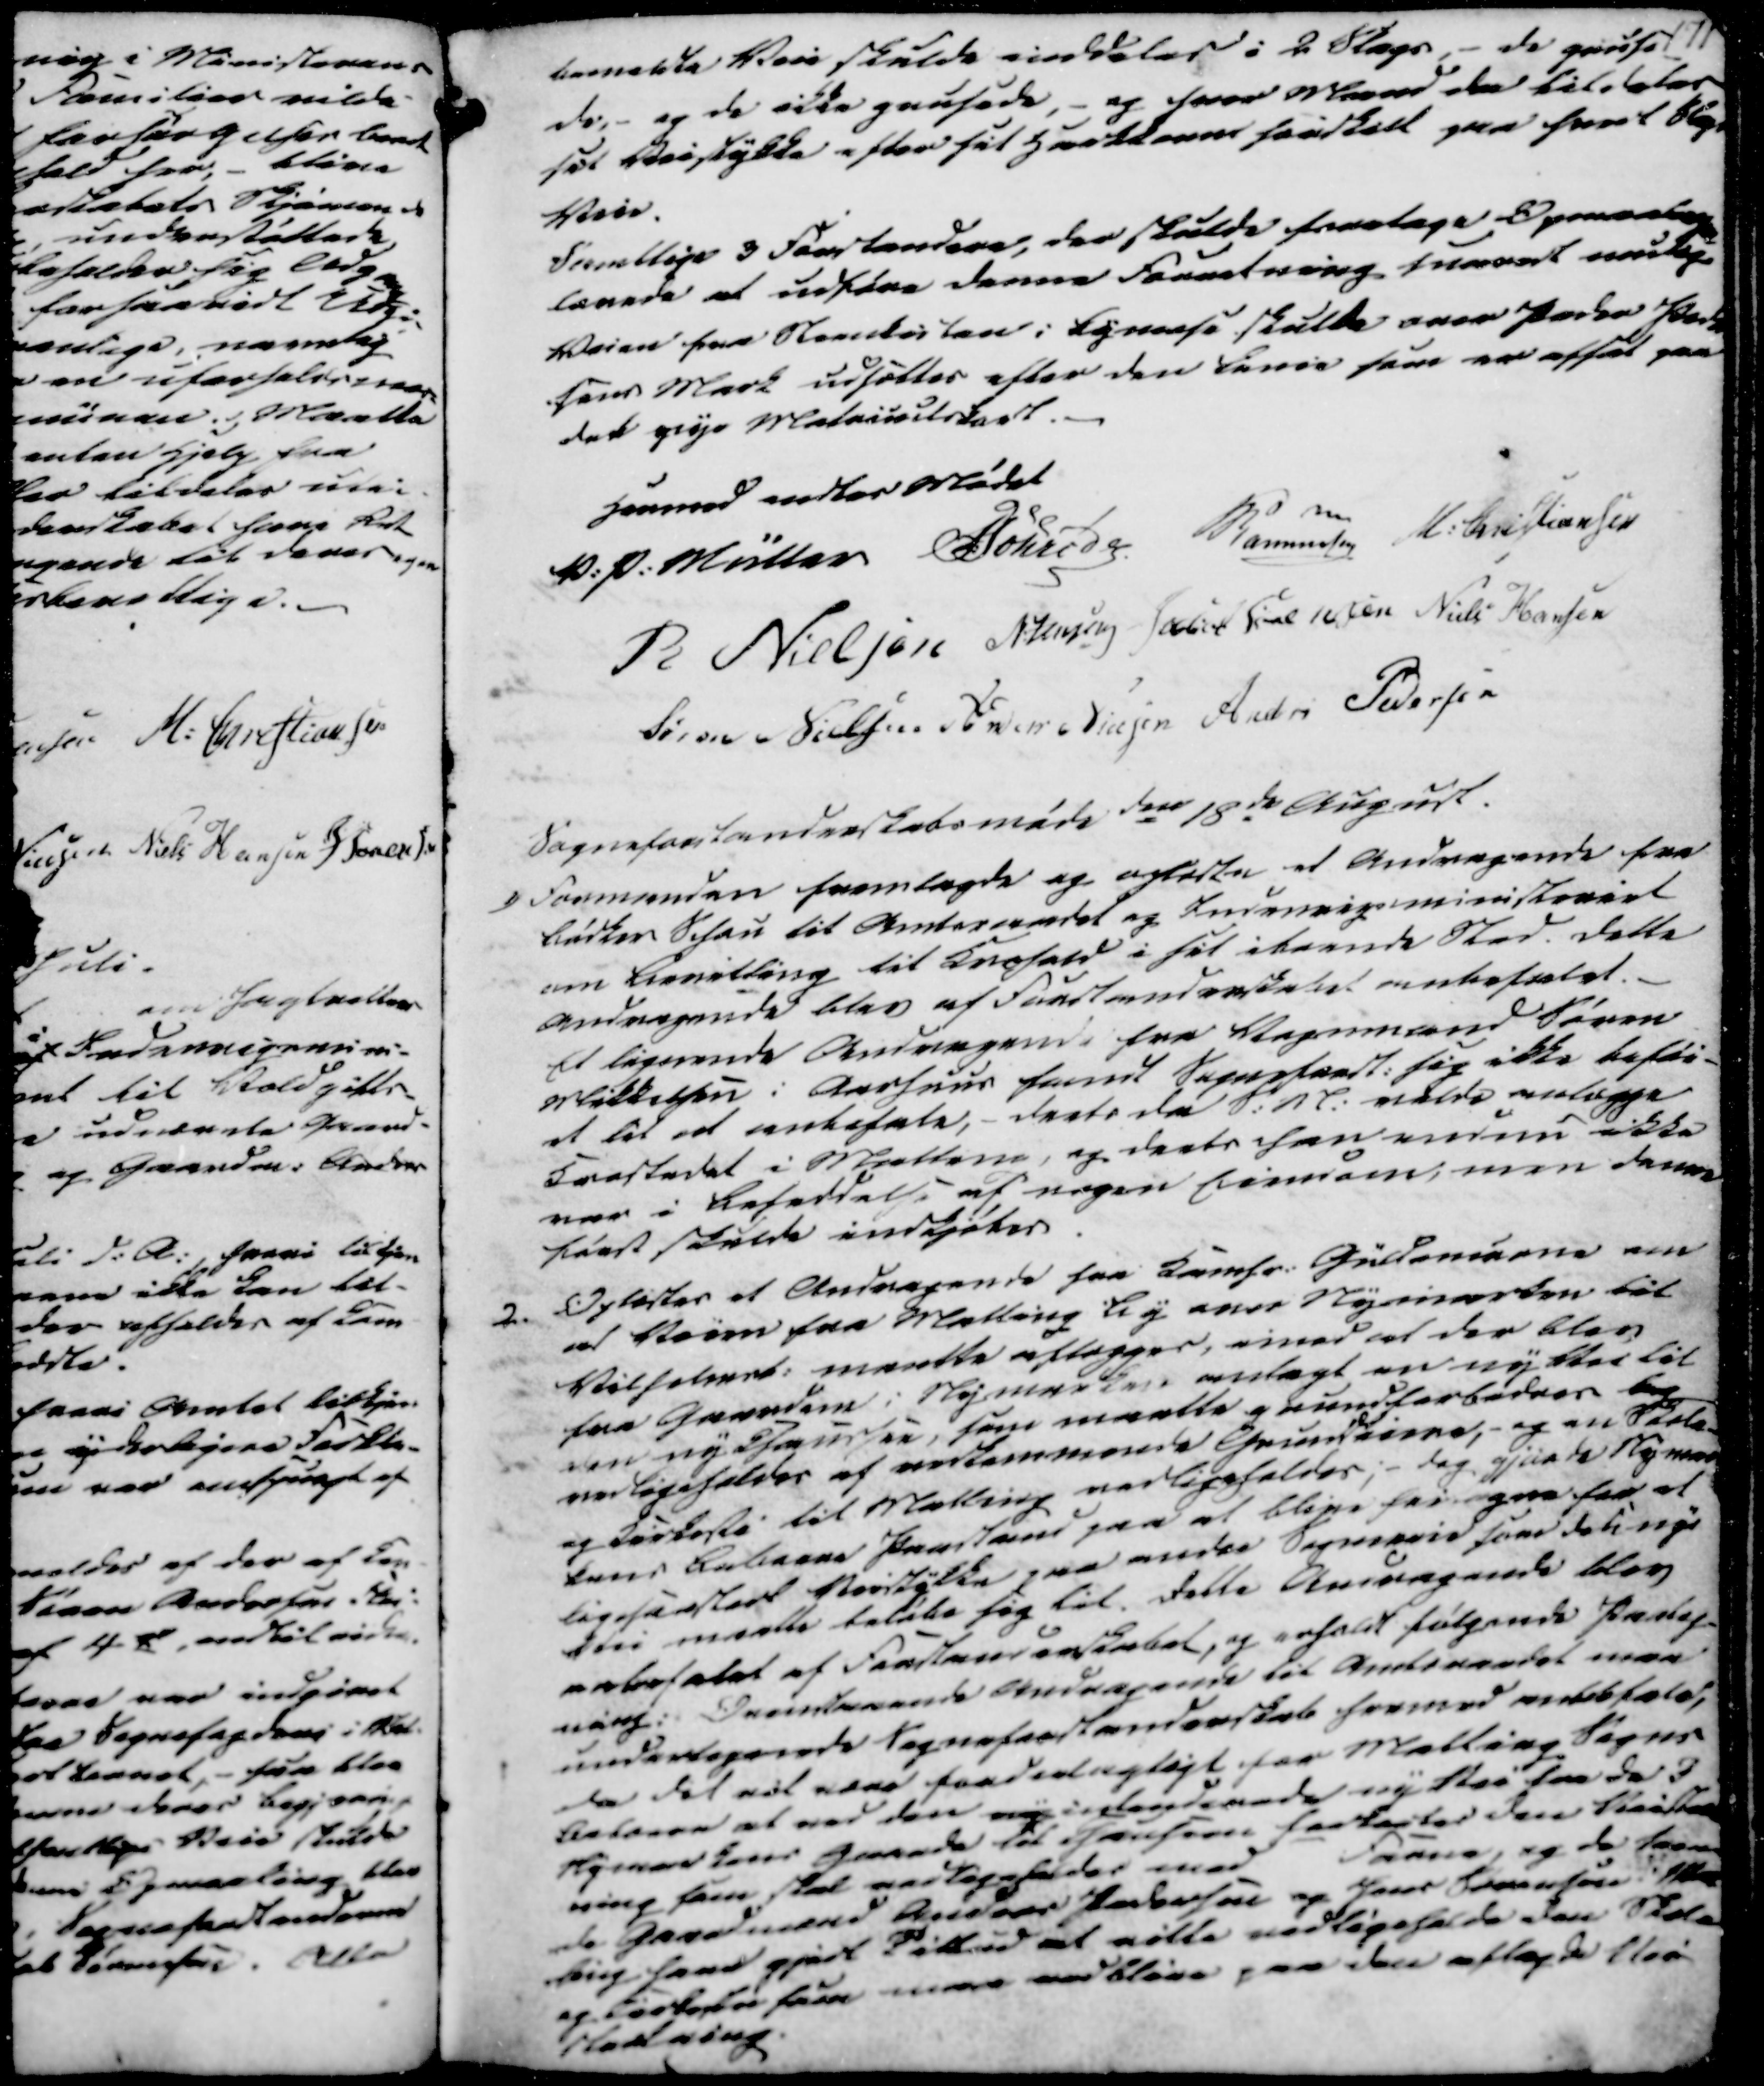
Transskription:
bemeldte Veie skulde inddeles i 2 Slags,- de gruse
de,- og de ikke grusede, - og hvor Mand da tildeles
sit Veistykke efter sit Hartkorn hvilket paa hvert slags
Veie.
Samtlige 3 Forstandere, der skulde foretage Opmaalinger
lovede at udføre denne Forretning snarest mulig
Veien fra Steenkisten i Bymose skulde over Peder Peder
-sens Mark udsættes efter den Linie som er afsat paa
det nye Matricelskort.

Hermed endtes Mødet
V. P. Müller
Schroder
Rasmussen
M. Christiansen
R Nielsen
N. Jensen
Jacob Sørensen
Niels Hansen
Søren Nielsen
Anders Nielsen
Anders Pedersen

Sogneforstanderskabsmøde den 18de August.
1) Formanden fremlagde og oplæste et Andragende fra
Bødker Sisen til Amtsraadet og Indenrigsministeriet
om Bevilling til Krohold i sit iboende Sted. Dette
Andragende blev af Forstanderskabet anbefalet.
Et lignende Andragene fra Vognmand Søren
Mikkelsen i Aarhuus fandt Sogneforst. sig ikke beføi-
et til at anbefale, - deels da S.N.L. vilde anlægge
Krostedet i Malling, og deels han endnu ikke
var i beseddelse af nogen Eiendom, men denne 
først skulde indkjøbes.

2. Oplæstes et Andragende fra Kamhr. Güldencrone om
at Veien fra Malling By over Nymarken til
Vilholmsb. maatte aflægges, imod at der blev
fra Gaarden i Nymarken anlagt en ny Vei til
den ny Chausseè, som maatte Grundforbedres og
vedligeholdes af vedkommende Grundeiere,- og en Skole-
og Kirkesti til Malling vedligeholdes;- dog gjorde Nymar
kens Beboere Paastand paa at blive fritagne for at
ligesaastart Veistykke paa andre Sogneveie som den nye
Vei maatte beløbe sig til. Dette Andragende blev
anbefalet af Forstanderskabet, og erholdt følgende Paateg-
ning: Ovenstaaende Andragende til Amtsraadet maa
undertegnede Sogneforstanderskab hermed anbefale,
da det vil være fordeelagtigt for Malling Sogns
Beboere at ved den ny indendenede ny Vei fra de I
Nymarkens Gaarde til Jensen forlaites den Veisten
ning som skal vedligeholdes med
Faune, og de s
-de Gaardmænd Anders Pedersen og Jens Sørensen Mal
ling have gjort Tilbud at ville vedligeholde den Skole-
og Kirkesti som maa vedblive paa den aflagte Vei-
strækning